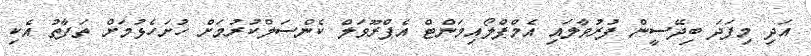
އަދި މިފަދަ ބިދޭސީން ފުރުވާލައި އެމްޕްލޯއިމަންޓް އެޕްރޫވަލް ކެންސަލްކުރުމަށް ހުށަހެޅުމަށް ތަފާތު އެކި